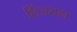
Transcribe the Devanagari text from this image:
छिंजराढा